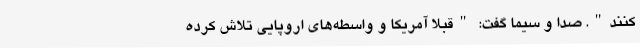
کنند". صدا و سیما گفت: "قبلاً آمریکا و واسطه‌های اروپایی تلاش کرده